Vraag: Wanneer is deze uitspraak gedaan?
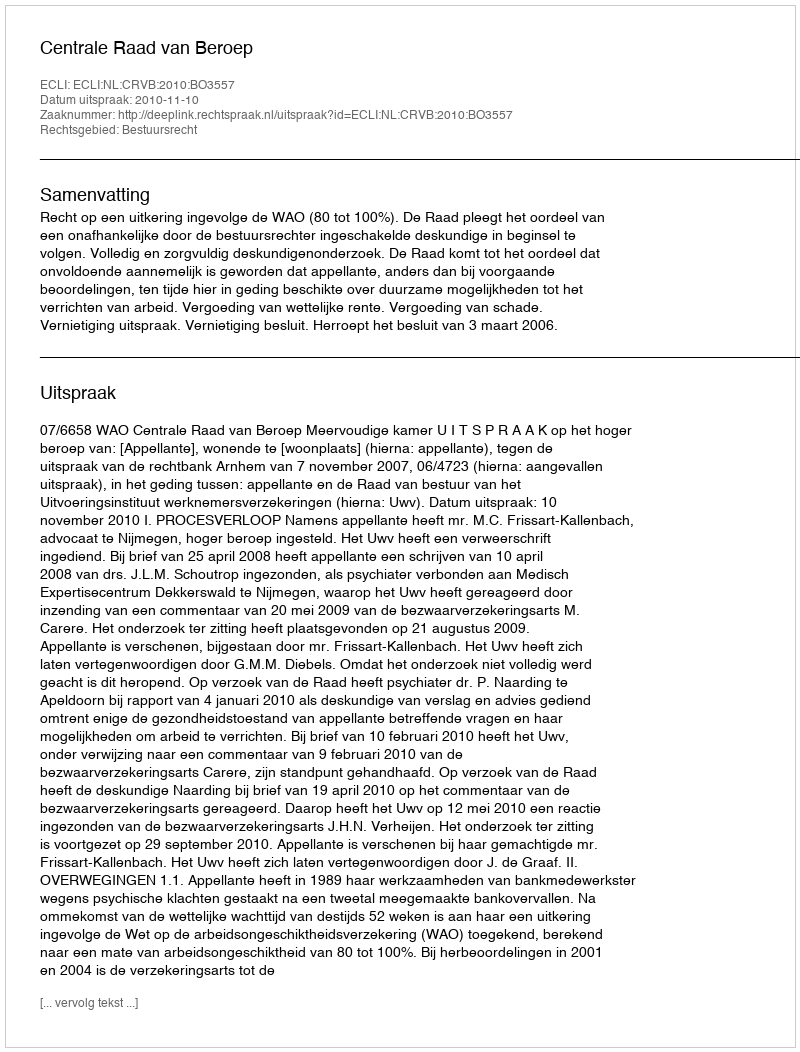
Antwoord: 2010-11-10